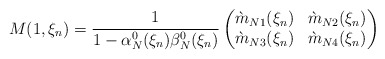
\begin{align*}M(1,\xi_n)=\frac{1}{1-\alpha_N^0(\xi_n)\beta_N^0(\xi_n)}\begin{pmatrix} \grave{m}_{N1}(\xi_n) &\grave{m}_{N2}(\xi_n)\\\grave{m}_{N3}(\xi_n) &\grave{m}_{N4}(\xi_n)\end{pmatrix}\end{align*}